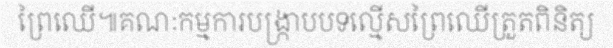
ព្រៃឈើ៕គណៈកម្មការបង្ក្រាបបទល្មើសព្រៃឈើត្រួតពិនិត្យ